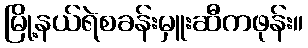
မြို့နယ်ရဲစခန်းမှူးဆီကဖုန်း။